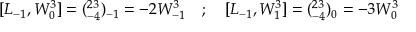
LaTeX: [ L _ { - 1 } , W _ { 0 } ^ { 3 } ] = ( \O _ { - 4 } ^ { 2 3 } ) _ { - 1 } = - 2 W _ { - 1 } ^ { 3 } \quad ; \quad [ L _ { - 1 } , W _ { 1 } ^ { 3 } ] = ( \O _ { - 4 } ^ { 2 3 } ) _ { 0 } = - 3 W _ { 0 } ^ { 3 }